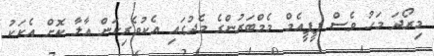
މިރޯދަ މަހު ވެސް ޕީޕީއެމް މެމްބަރުންގެ މެދުގައި އެކުވެރިކަން އާލާ ކޮށް އެކަކު